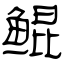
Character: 鲲